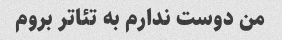
من دوست ندارم به تئاتر بروم